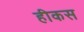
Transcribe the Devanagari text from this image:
हीकस